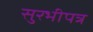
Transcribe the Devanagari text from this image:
सुरभीपत्र